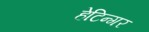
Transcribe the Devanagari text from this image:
हेटिन्गर